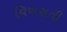
વિખરાતી